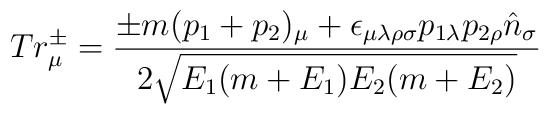
Tr^{\pm}_\mu = {{\pm m(p_1+p_2)_\mu + \epsilon_{\mu\lambda\rho\sigma}p_{1\lambda} p_{2\rho}{\hat n}_\sigma} \over {2 \sqrt {E_1(m+E_1)E_2(m+E_2)}}}